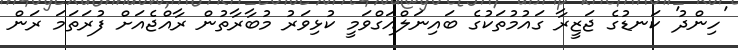
'ހިންދު' ކަނޑުގެ ޖަޒީރާ ގައުމުތަކުގެ ބައިނަލްއަގްވަމީ ކުޅިވަރު މުބާރާތުން ރާއްޖެއަށް ފުރަތަމަ ރަން